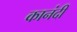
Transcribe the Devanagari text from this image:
कानंदी